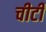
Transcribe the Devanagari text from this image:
चीटीं